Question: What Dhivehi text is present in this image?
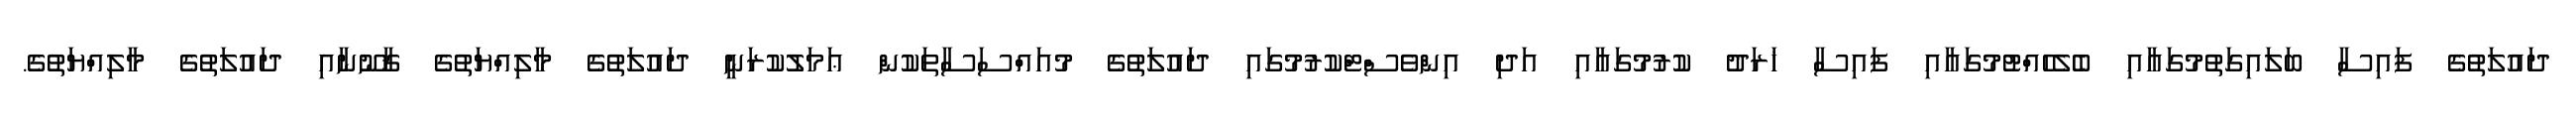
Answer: ދައުލަތުގެ ފައިސާ ބަލައިގަތުމުގައާއި ބެލެހެއްޓުމުގައާއި ފައިސާ ޚަރަދު ކުރުމުގައާއި އަދި އިންވެސްޓްކުރުމުގައި ދައުލަތުގެ މުއައްސަސާތަކުން ޢަމަލުކުރަނީ ދައުލަތުގެ މާލިއްޔަތުގެ ޤާނޫނާއި ދައުލަތުގެ މާލިއްޔަތުގެ.